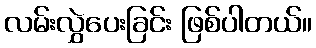
လမ်းလွှဲပေးခြင်း ဖြစ်ပါတယ်။